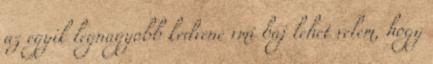
az egyik legnagyobb kedvenc vmi baj lehet velem, hogy